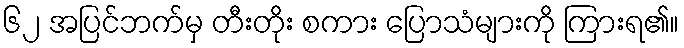
၆၂ အပြင်ဘက်မှ တီးတိုး စကား ပြောသံများကို ကြားရ၏။